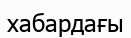
хабардағы